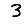
Digit: 3